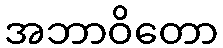
အဘာဝိတော